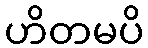
ဟိတမပိ